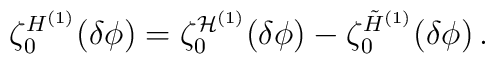
\zeta_0^{H^{(1)}} (\delta\phi )=\zeta_0^{{\cal H}^{(1)}} (\delta\phi )-\zeta_0^{\tilde H^{(1)}} (\delta\phi ) \,.